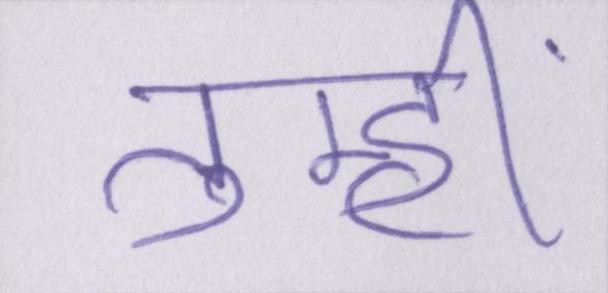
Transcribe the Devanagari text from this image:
तुम्हीं